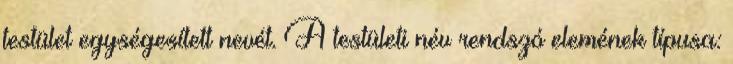
testület egységesített nevét. A testületi név rendszó elemének típusa: